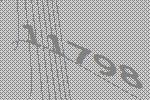
11798